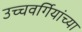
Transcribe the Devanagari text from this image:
उच्चवर्गियांच्या